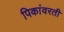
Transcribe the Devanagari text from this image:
पिकांवरती